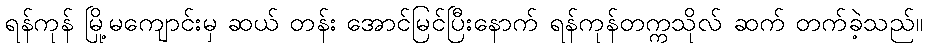
ရန်ကုန် မြို့မကျောင်းမှ ဆယ် တန်း အောင်မြင်ပြီးနောက် ရန်ကုန်တက္ကသိုလ် ဆက် တက်ခဲ့သည်။